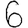
Digit: 6